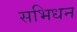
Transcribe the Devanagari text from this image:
सभिधन